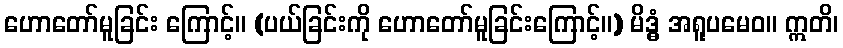
ဟောတော်မူခြင်း ကြောင့်။ (ပယ်ခြင်းကို ဟောတော်မူခြင်းကြောင့်။) မိဒ္ဓံ အရူပမေဝ။ ဣတိ၊